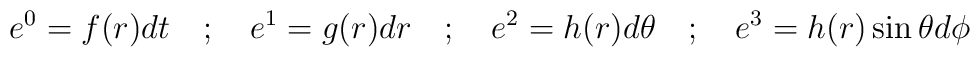
e^{0} = f(r)dt \quad ; \quad e^{1} = g(r)dr \quad ; \quad e^{2} = h(r)d\theta \quad ; \quad e^{3} = h(r) \sin \theta d\phi